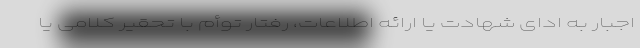
اجبار به ادای شهادت یا ارائه اطلاعات، رفتار توأم با تحقیر کلامی یا